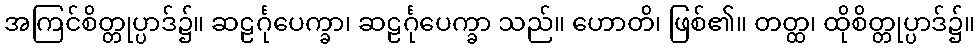
အကြင်စိတ္တုပ္ပာဒ်၌။ ဆဠင်္ဂုပေက္ခာ၊ ဆဠင်္ဂုပေက္ခာ သည်။ ဟောတိ၊ ဖြစ်၏။ တတ္ထ၊ ထိုစိတ္တုပ္ပာဒ်၌။